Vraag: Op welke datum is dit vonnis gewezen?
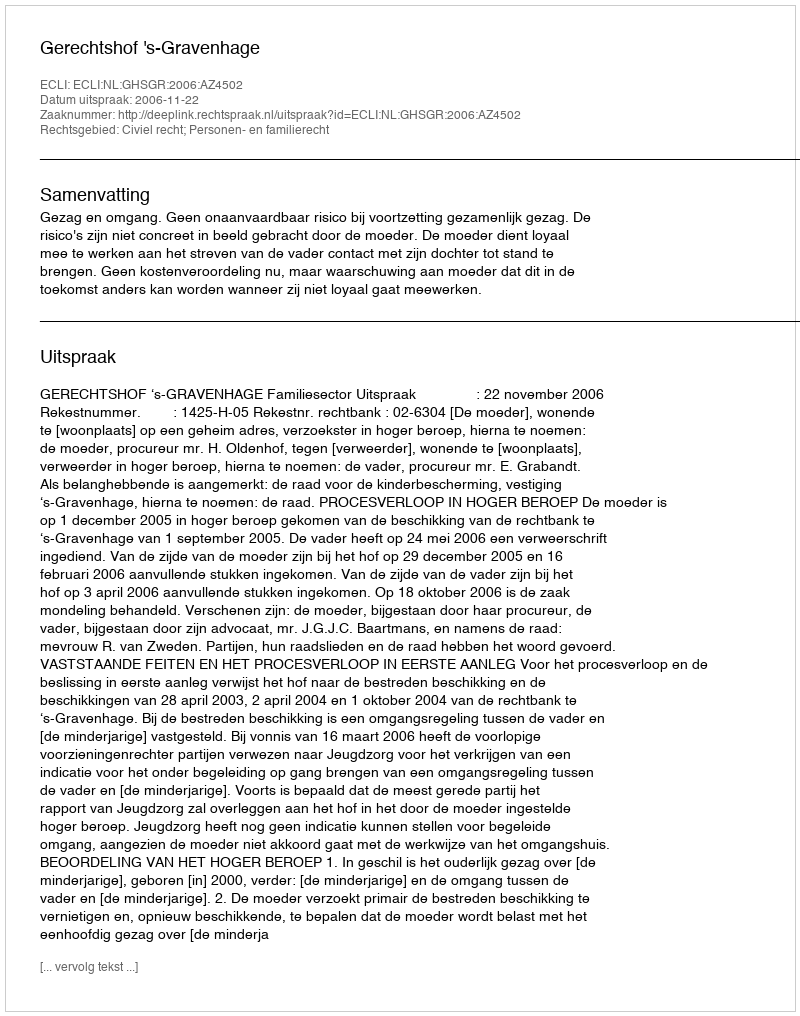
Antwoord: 2006-11-22